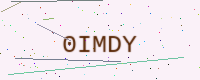
Text: 0IMDY